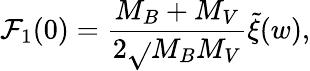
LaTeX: \mathcal{F}_{1}(0)=\frac{{M_{B}+M_{V}}}{{2\sqrt{}{{M_{B}M_{V}}}}}\tilde{{\xi}}(w),